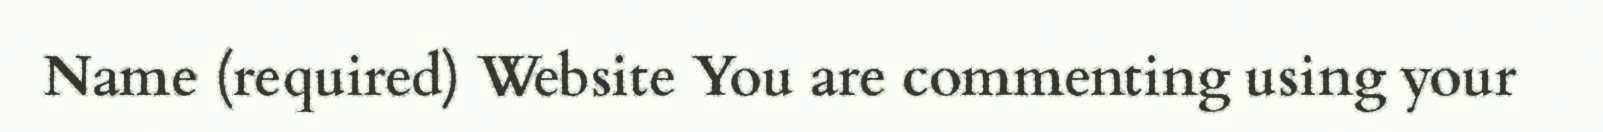
Name (required) Website You are commenting using your